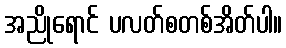
အညိုရောင် ပလတ်စတစ်အိတ်ပါ။